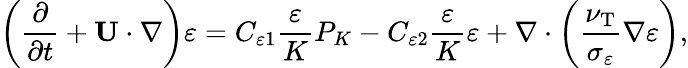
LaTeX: \left({\frac{\partial}{\partial t}+{\mathbf{U}}\cdot\nabla}\right)\varepsilon=C_{\varepsilon 1}\frac{\varepsilon}{K}P_{K}-C_{\varepsilon 2}\frac{\varepsilon}{K}\varepsilon+\nabla\cdot\left({\frac{\nu_{\mathrm{{T}}}}{\sigma_{\varepsilon}}\nabla\varepsilon}\right),